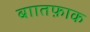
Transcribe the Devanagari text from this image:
बाातफ़ाक